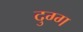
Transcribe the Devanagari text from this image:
दुग्ग